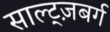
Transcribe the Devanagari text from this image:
साल्ट्ज़बर्ग